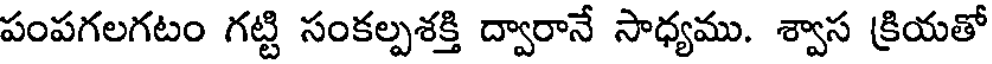
పంపగలగటం గట్టి సంకల్పశక్తి ద్వారానే సాధ్యము. శ్వాస క్రియతో